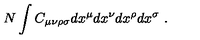
N \int C _ { \mu \nu \rho \sigma } d x ^ { \mu } d x ^ { \nu } d x ^ { \rho } d x ^ { \sigma } \ .